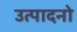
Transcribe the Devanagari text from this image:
उत्पादनो